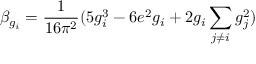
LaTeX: \beta _ { g _ { i } } = \frac { 1 } { 1 6 \pi ^ { 2 } } ( 5 g _ { i } ^ { 3 } - 6 e ^ { 2 } g _ { i } + 2 g _ { i } \sum _ { j \neq i } g _ { j } ^ { 2 } )